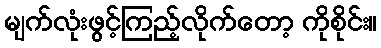
မျက်လုံးဖွင့်ကြည့်လိုက်တော့ ကိုစိုင်း။